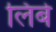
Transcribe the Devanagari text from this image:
लिंबे